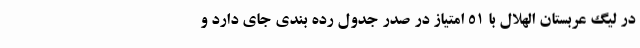
در لیگ عربستان الهلال با 51 امتیاز در صدر جدول رده بندی جای دارد و